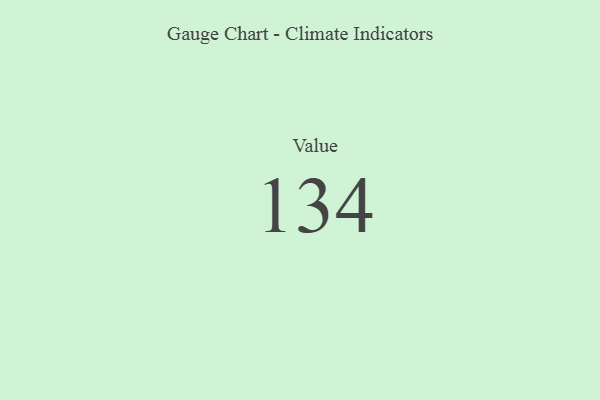
{"axis": {"x": "Metric", "y": "Value"}, "legend": [""], "data": [{"x": "Value", "y": 134, "type": ""}]}